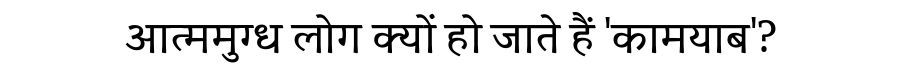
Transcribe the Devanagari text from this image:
आत्ममुग्ध लोग क्यों हो जाते हैं 'कामयाब'?